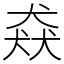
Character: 猋